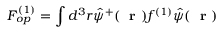
F _ { o p } ^ { ( 1 ) } = \int d ^ { 3 } r \hat { \psi } ^ { + } ( \mathrm { ~ \bf ~ r ~ } ) f ^ { ( 1 ) } \hat { \psi } ( \mathrm { ~ \bf ~ r ~ } )